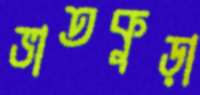
ভাতকুড়া